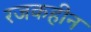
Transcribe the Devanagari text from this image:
रजकहीन